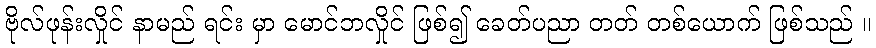
ဗိုလ်ဖုန်းလှိုင် နာမည် ရင်း မှာ မောင်ဘလှိုင် ဖြစ်၍ ခေတ်ပညာ တတ် တစ်ယောက် ဖြစ်သည် ။